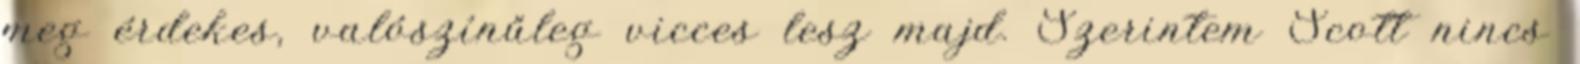
meg érdekes, valószínűleg vicces lesz majd. Szerintem Scott nincs